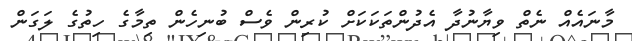
މާނައެއް ނެތް ވިޔާނުދާ އެދުންތަކަކަށް ކުރިން ވެސް ބުނިހެން ތިމާގެ ހިތުގެ ލަގަން